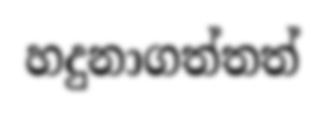
හදුනාගත්තත්